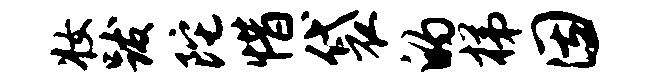
妆跋陀惜袋的梯因